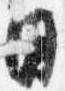
日